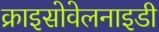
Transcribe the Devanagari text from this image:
क्राइसोवेलनाइडी